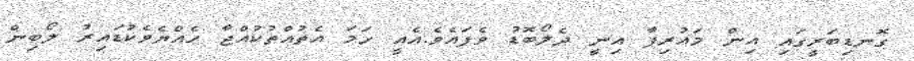
ގޮނޑިބަރީގައި އިން މައުރިފާ އިނީ ދެލޯބޮޑު ވެފައެވެ.އެއީ ހަމަ އެތުއްތުކުއްޖާ ހެއްޔެވެކުޑައިރު ލޯބިން